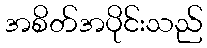
အစိတ်အပိုင်းသည်